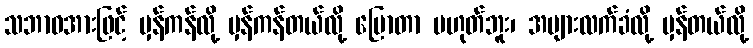
သဘာဝအားဖြင့် မှန်ကန်လို့ မှန်ကန်တယ်လို့ ပြောတာ မဟုတ်ဘူး၊ အများလက်ခံလို့ မှန်တယ်လို့